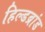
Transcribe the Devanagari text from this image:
हिल्डब्रांड